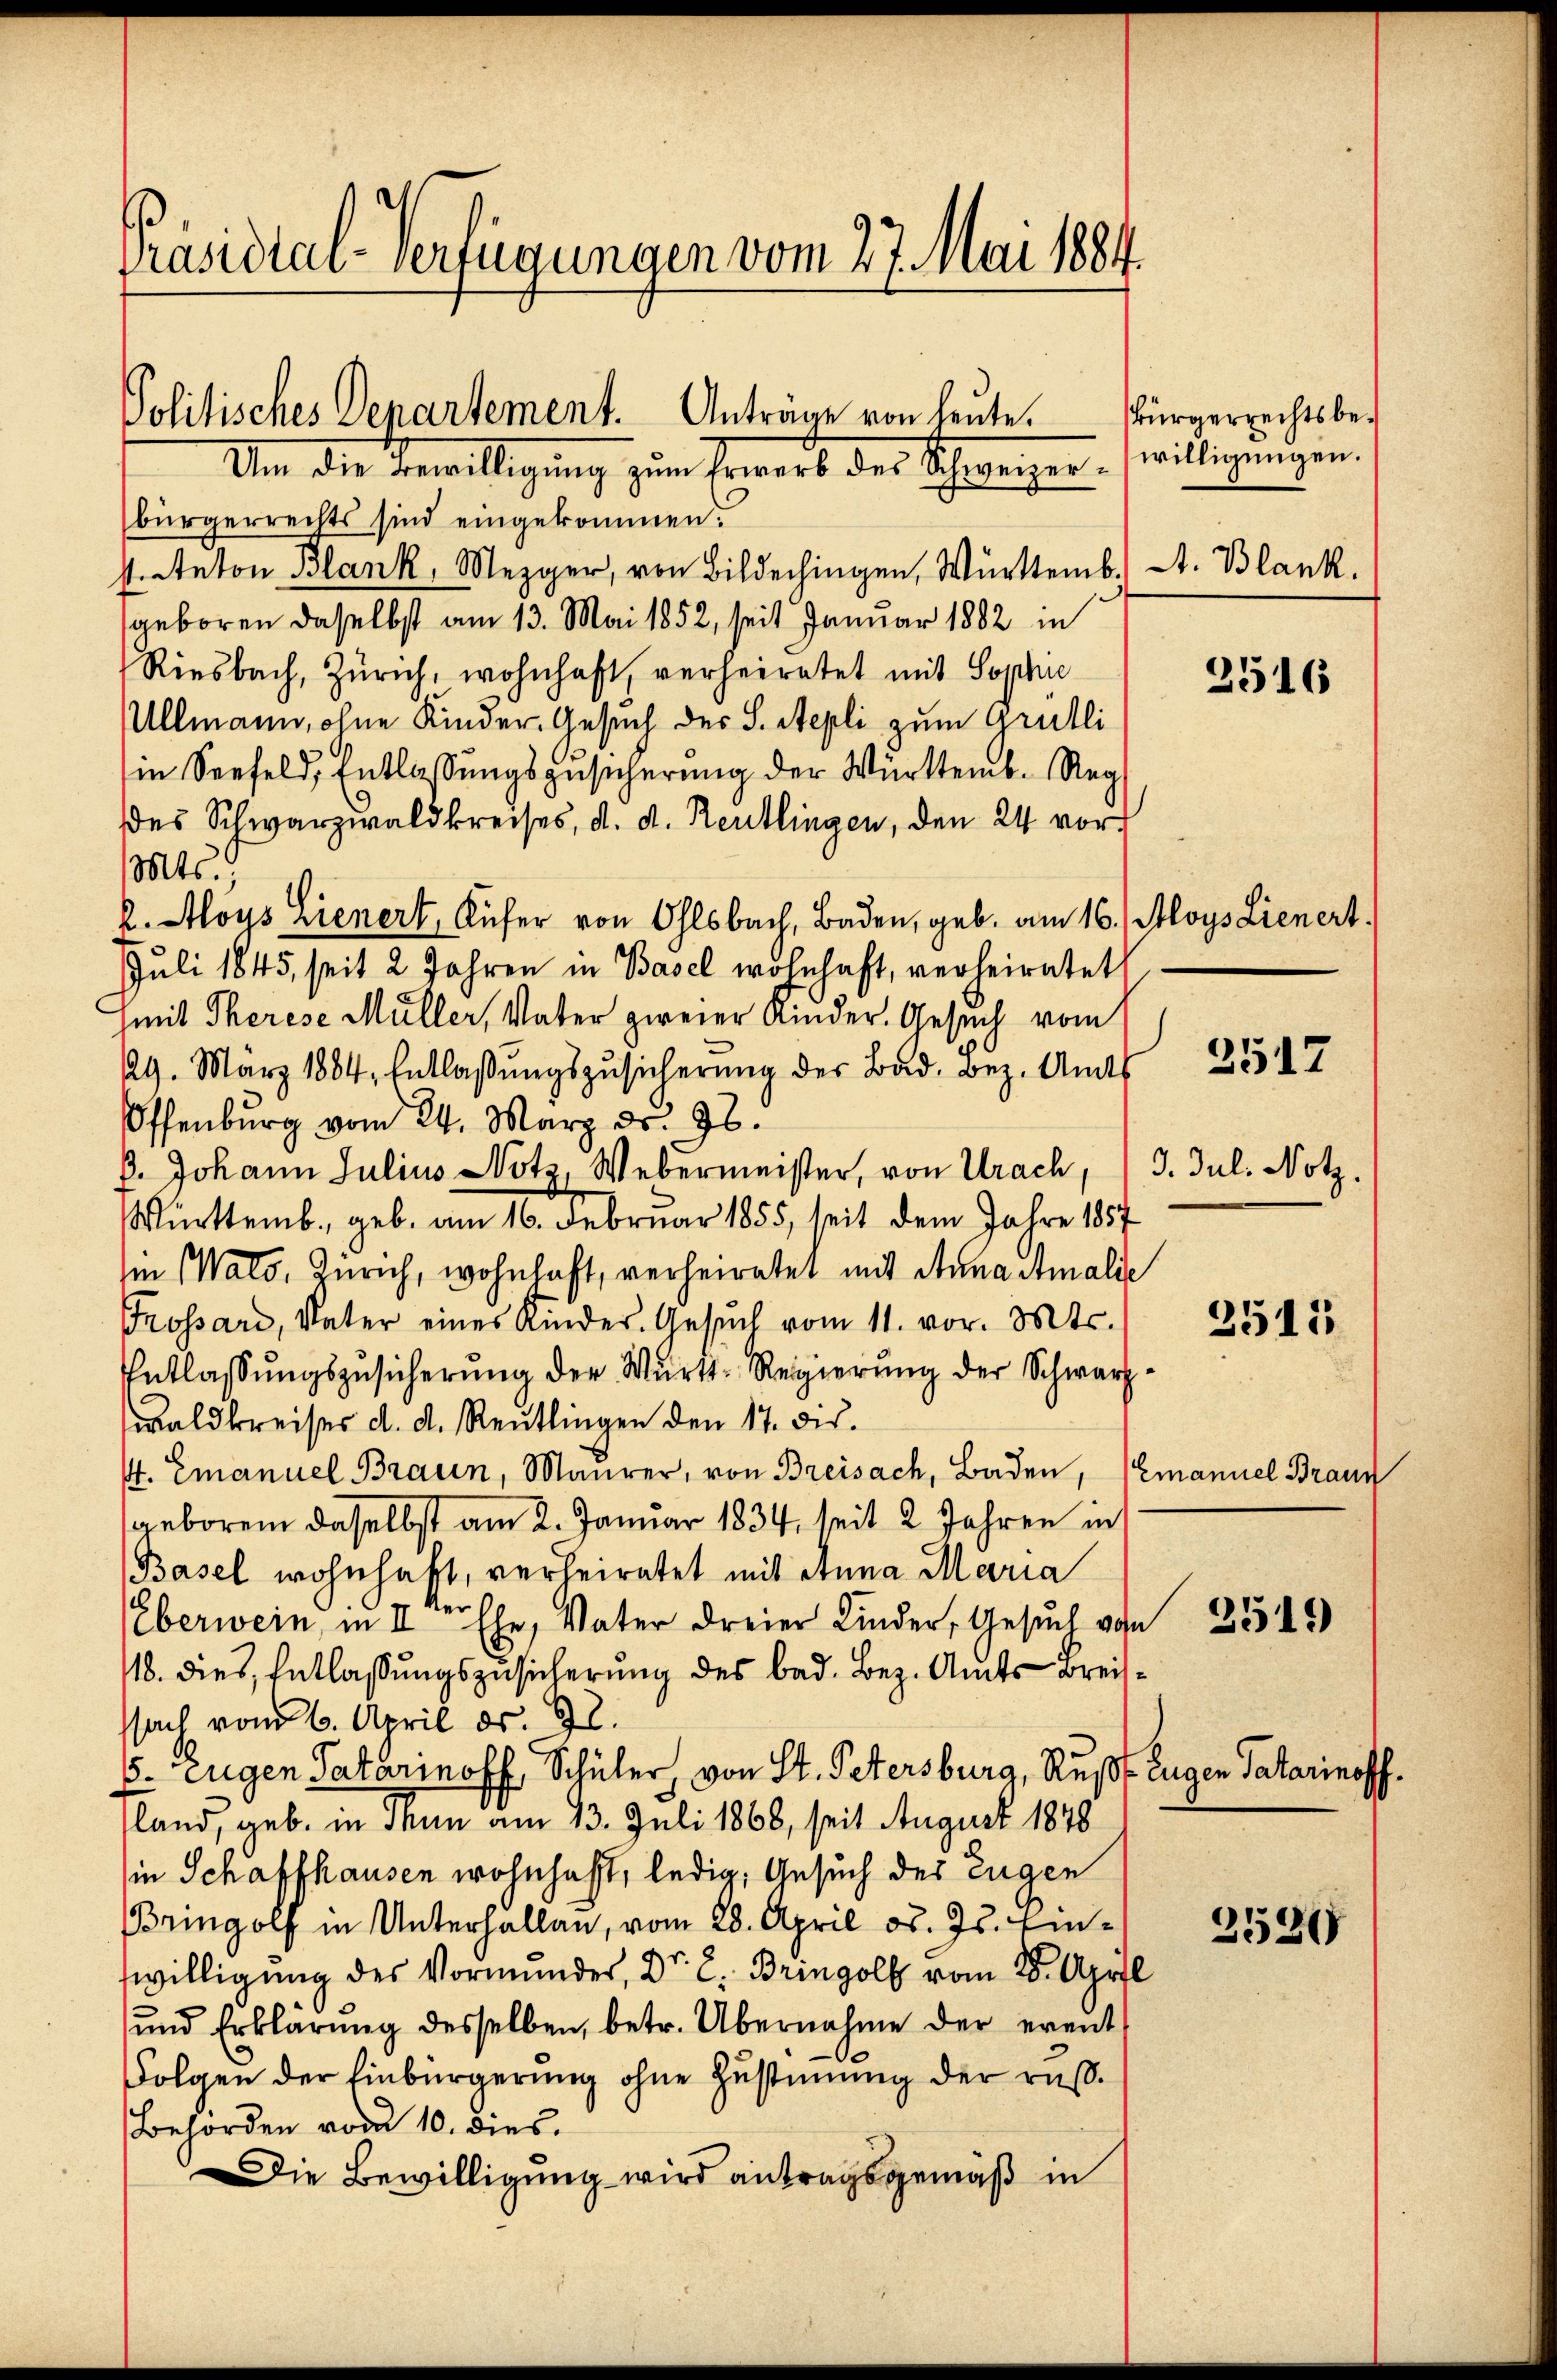
Präsidial-Verfügungen vom 27. Mai 1884.

bürgerrechts sind eingekommen:
strateton Blank, Mezger, von Bildechingen, Württemb. Lt. Blank.
geboren daselbst am 13. Mai 1852, seit Januar 1882 in
Riesbach, Zürich, wohnhaft, verheiratet mit Sophie
Ullmann, ohne Kinder. Gesuch des S. Stepli zum Grütli
in Seefeld, Entlassŭngszusicherung der Württemb. Reg
des Schwarzwaldkreises, d. d. Reutlingen, den 24. vor
Mts.
2. Moys Lienert, Küfer von Ohlsbach, Baden, geb. am 16. Aloys Lienert.
Juli 1845 seit 2 Jahren in Basel wohnhaft, verheiratet
mit Therese Müller, Vater zweier Kinder. Gesuch vom
29. März 1884. Entlassŭngszŭsicherŭng der Bad. Bez. Amts
Offenburg vom 24. März dr. 78.
P. Johann Julius Notz, Webermeister, von Urach, (3. Jul. Notz.
Württemb. geb. am 16. Februar 1855, seit dem Jahre 1857
ii Wald, Zürich, wohnhaft, verheiratet mit Anna Amalde
Prossari, Vater eines Kindes-Gesŭch vom 11. vor. Mts.
Entlassŭngszusicherŭng der Wurts-Regierŭng der Schwarz
waldkreises d. d. Reutlingen den 17. dis
. Emanuel Braun, Maurer, von Breisach, Baden, Emanuel Braun
geboren daselbst am 2. Januar 1834, seit 2 Jahren in
(Basel wohnhaft, verheiratet mit Anna Maria
Eberwein, in II Ehe, Vater dreier Kinder, Gesuch von
118. dies, Entlaßungszusicherung des bad. Bez. Amts Breisssach vom 6. April ds. 92.
5. Eugen Patarinoff, Schüler, von St. Petersburg, Rußt. Eugen Tatarinoff
land, geb. in denn am 13. Juli 1868, seit August 1848
in Schaffhausen wohnhaft, ledig, Ansuch der Eugen
Bringolf in Unterhallen, vom 28. April od. Js. Einwilligung des Vormunder, Dr. L. Bringolf vom 28. April
und Erklärung desselben, betr. Übernahme der event
Folgen der Einbürgerung ohne Zustimmung der rus¬
Behörden vom 10. dies
Die Bewilligung wird antragsgemäß in

Politisches Departement. Anträge von heute.
Um die Bewilligung zum Erwerb des Schweizer. willigungen.

Bürgerrechtsbe¬

2516

2517

3511

2519)

2539